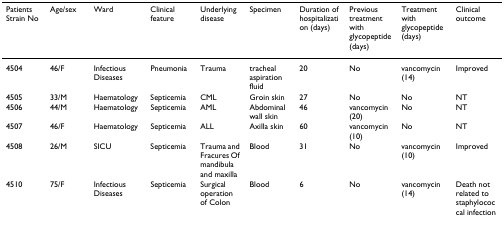
<table><thead><tr><td><b>Patients Strain No</b></td><td><b>Age/sex</b></td><td><b>Ward</b></td><td><b>Clinical feature</b></td><td><b>Underlying disease</b></td><td><b>Specimen</b></td><td><b>Duration of hospitalization (days)</b></td><td><b>Previous treatment with glycopeptide (days)</b></td><td><b>Treatment with glycopeptide (days)</b></td><td><b>Clinical outcome</b></td></tr></thead><tbody><tr><td>4504</td><td>46/F</td><td>Infectious Diseases</td><td>Pneumonia</td><td>Trauma</td><td>tracheal aspiration fluid</td><td>20</td><td>No</td><td>vancomycin (14)</td><td>Improved</td></tr><tr><td>4505</td><td>33/M</td><td>Haematology</td><td>Septicemia</td><td>CML</td><td>Groin skin</td><td>27</td><td>No</td><td>No</td><td>NT</td></tr><tr><td>4506</td><td>44/M</td><td>Haematology</td><td>Septicemia</td><td>AML</td><td>Abdominal wall skin</td><td>46</td><td>vancomycin (20)</td><td>No</td><td>NT</td></tr><tr><td>4507</td><td>46/F</td><td>Haematology</td><td>Septicemia</td><td>ALL</td><td>Axilla skin</td><td>60</td><td>vancomycin (10)</td><td>No</td><td>NT</td></tr><tr><td>4508</td><td>26/M</td><td>SICU</td><td>Septicemia</td><td>Trauma and Fracures Of mandibula and maxilla</td><td>Blood</td><td>31</td><td>No</td><td>vancomycin (10)</td><td>Improved</td></tr><tr><td>4510</td><td>75/F</td><td>Infectious Diseases</td><td>Septicemia</td><td>Surgical operation of Colon</td><td>Blood</td><td>6</td><td>No</td><td>vancomycin (14)</td><td>Death not related to staphylococcal infection</td></tr></tbody></table>